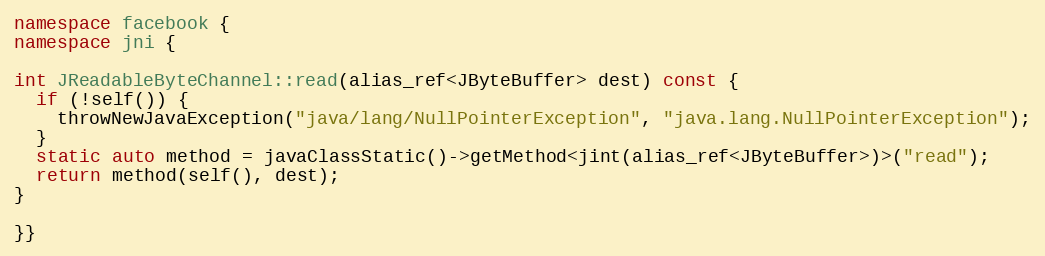
Language: C++
namespace facebook {
namespace jni {

int JReadableByteChannel::read(alias_ref<JByteBuffer> dest) const {
  if (!self()) {
    throwNewJavaException("java/lang/NullPointerException", "java.lang.NullPointerException");
  }
  static auto method = javaClassStatic()->getMethod<jint(alias_ref<JByteBuffer>)>("read");
  return method(self(), dest);
}

}}